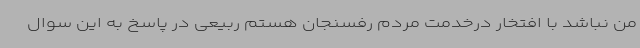
من نباشد با افتخار درخدمت مردم رفسنجان هستم ربیعی در پاسخ به این سوال